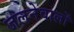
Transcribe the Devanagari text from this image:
जलनेवालों